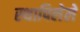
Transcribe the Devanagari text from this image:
स्थापिलेले